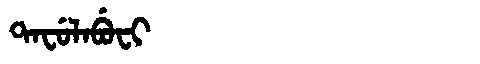
Manchu: ᡨᠠᠸᡠᠯᠠᠪᡠᠸᡳ
Romanization: TAFULABUFI